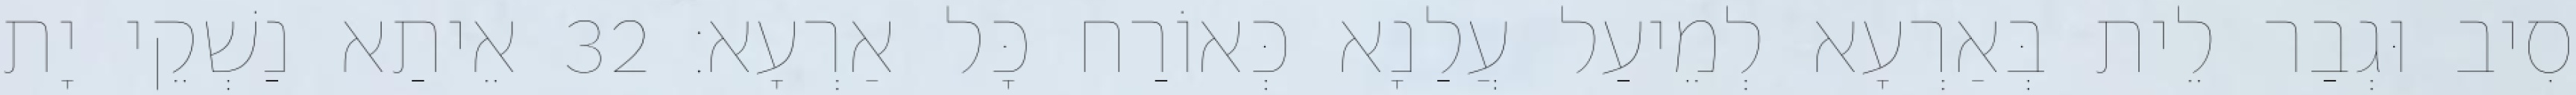
סִיב וּגְבַר לֵית בְּאַרְעָא לְמֵיעַל עֲלַנָא כְּאוֹרַח כָּל אַרְעָא׃ 32 אֵיתַא נַשְׁקֵי יָת